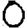
Digit: 0